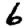
Digit: 6